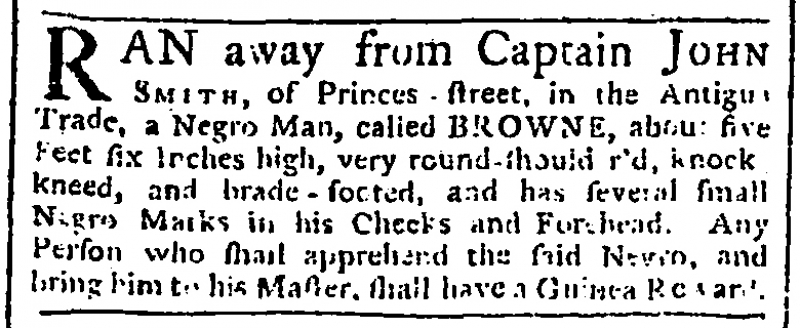
Gazetteer and London Daily Advertiser, 10 December 1762 (England)
RAN away from Captain JOHN SMITH, of Princes-street, in the Antigu[a] Trade, a Negro Man, called BROWNE, about five Feet six Inches high, very round-shoulder’d, knock kneed, and brade-footed, and has several small Negro Marks in his Cheeks and Forehead. Any Person who shall apprehend the said Negro, and bring him to his Master, shall have a Guinea Reward.